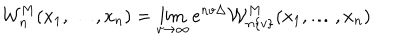
LaTeX: { { \mathcal W } _ { n } ^ { { { M } } } } ( x _ { 1 } , \ldots , x _ { n } ) = \lim _ { v \to \infty } e ^ { n v \Delta } { \mathcal W } _ { n \{ v \} } ^ { M } ( x _ { 1 } , \ldots , x _ { n } )